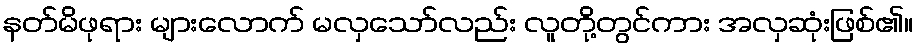
နတ်မိဖုရား များလောက် မလှသော်လည်း လူတို့တွင်ကား အလှဆုံးဖြစ်၏။